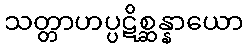
သတ္တာဟပ္ပဋိစ္ဆန္နာယော